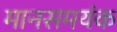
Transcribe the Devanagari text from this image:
मानसमयंक